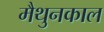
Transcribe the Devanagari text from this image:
मैथुनकाल